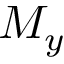
M _ { y }